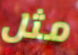
مثل